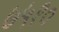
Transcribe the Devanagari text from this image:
७५१०